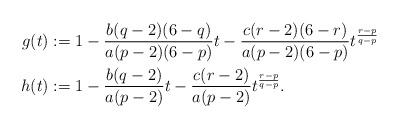
LaTeX: \begin{align*}g(t) &:= 1 - \frac{b(q - 2)(6 - q)}{a(p - 2)(6 - p)} t - \frac{c(r - 2)(6 - r)}{a(p - 2)(6 - p)}t^{\frac{r - p}{q - p}}\\h(t) &:= 1 - \frac{b(q - 2)}{a(p - 2)} t - \frac{c(r - 2)}{a(p - 2)}t^{\frac{r - p}{q - p}}.\end{align*}